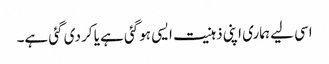
اسی لیے ہماری اپنی ذہنیت ایسی ہوگئی ہے یا کر دی گئی ہے۔